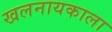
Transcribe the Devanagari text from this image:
खलनायकाला